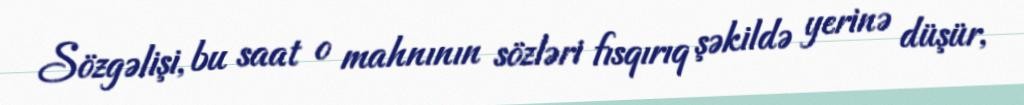
Sözgəlişi, bu saat o mahnının sözləri fısqırıq şəkildə yerinə düşür,